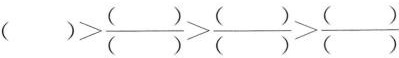
$$( ) > \frac { ( ) } { ( ) } > \frac { ( ) } { ( ) } > \frac { ( ) } { ( ) } $$